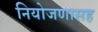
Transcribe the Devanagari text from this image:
नियोजणासह